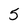
Character: 5